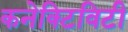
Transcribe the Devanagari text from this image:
कनेक्‍टिविटी